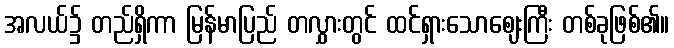
အလယ်၌ တည်ရှိကာ မြန်မာပြည် တလွှားတွင် ထင်ရှားသောဈေးကြီး တစ်ခုဖြစ်၏။